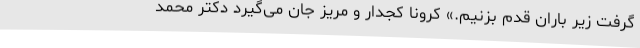
گرفت زیر باران قدم بزنیم.» کرونا کجدار و مریز جان می‌گیرد دکتر محمد